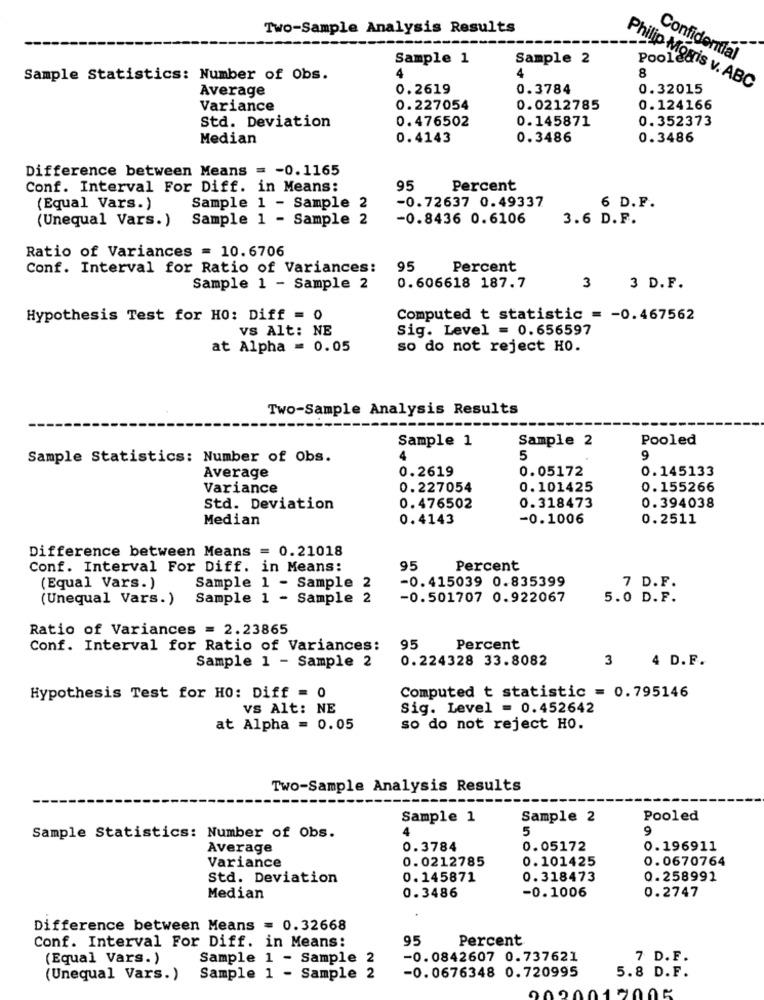
Two-Sample Analysis Results
Sample 1
Sample 2
Confidential
Poole
Sample Statistics: Number of Obs.
4
8
Average
0.2619
0.3784
Philip Morris v. ABC
0.32015
Variance
0.227054
0.0212785
0.124166
Std. Deviation
0.476502
0.145871
0.352373
Median
0.4143
0.3486
0.3486
Difference between Means = - 0.1165
Conf. Interval For Diff. in Means:
95
Percent
Sample 1 - Sample 2
-0.72637 0.49337
(Equal Vars.)
6 D. F.
(Unequal Vars.)
Sample 1 - Sample 2
-0.8436 0.6106
3.6 D.F.
Ratio of Variances = 10.6706
Conf. Interval for Ratio of Variances:
95
Percent
Sample 1 - Sample 2
0.606618 187.7
3
3 D.F.
Hypothesis Test for HO: Diff = 0
Computed t statistic = - 0.467562
VS Alt: NE
Sig. Level = 0.656597
at Alpha = 0.05
so do not reject HO.
Two-Sample Analysis Results
Sample 1
Sample 2
Pooled
Sample Statistics: Number of Obs.
4
5
9
0.2619
0.05172
0.145133
Average
Variance
0.227054
0.101425
0.155266
0.318473
Std. Deviation
0.476502
0.394038
Median
0.4143
-0.1006
0.2511
Difference between Means = 0.21018
Conf. Interval For Diff. in Means:
95
Percent
Sample 1 - Sample 2
-0.415039 0.835399
(Equal Vars. )
7 D.F.
(Unequal Vars. )
Sample 1 - Sample 2
-0.501707 0.922067
5.0 D.F.
Ratio of Variances = 2.23865
Conf. Interval for Ratio of Variances:
95
Percent
Sample 1 - Sample 2
0.224328 33.8082
3
4 D.F.
Hypothesis Test for HO: Diff = 0
Computed t statistic = 0.795146
VS Alt: NE
Sig. Level = 0.452642
at Alpha = 0.05
so do not reject HO.
Two-Sample Analysis Results
Sample 1
Sample 2
Pooled
4
5
9
Sample Statistics: Number of Obs.
Average
0.3784
0.05172
0.196911
Variance
0.0212785
0.101425
0.0670764
Std. Deviation
0.145871
0.318473
0.258991
0.3486
-0.1006
Median
0.2747
Difference between Means = 0.32668
95
Percent
Conf. Interval For Diff. in Means:
(Equal Vars.)
Sample 1 - Sample
-0.0842607 0.737621
7 D. F.
(Unequal Vars.)
Sample 1 - Sample 2
-0.0676348 0.720995
5.8 D.F.